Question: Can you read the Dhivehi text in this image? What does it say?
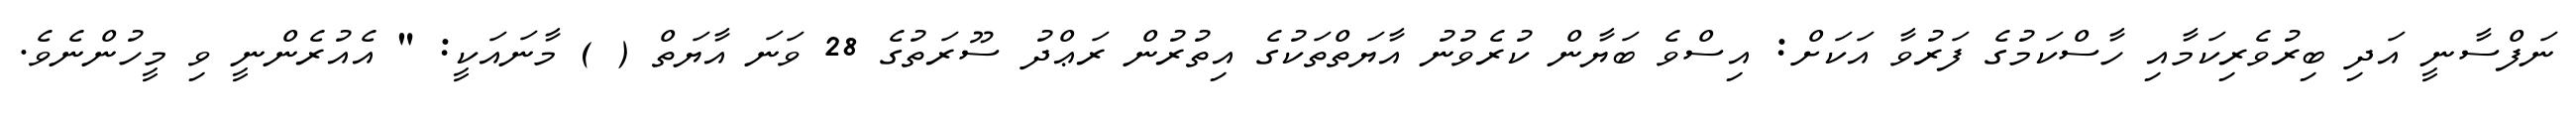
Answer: ނަފްސާނީ އަދި ބިރުވެރިކަމާއި ހާސްކަމުގެ ފަރުވާ އަކަށް: އިސްވެ ބަޔާން ކުރެވުނު އާޔަތްތަކުގެ އިތުރުން ރަޢްދު ސޫރަތުގެ 28 ވަނަ އާޔަތް ( ) މާނައަކީ: " އެއުރެންނީ ވި މީހުންނެވެ.